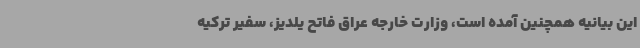
این بیانیه همچنین آمده است، وزارت خارجه عراق فاتح یلدیز، سفیر ترکیه